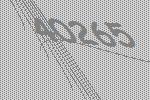
40265